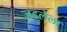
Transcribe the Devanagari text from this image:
जडलेला